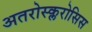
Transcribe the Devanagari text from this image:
अतरोस्क्लरोसिस